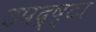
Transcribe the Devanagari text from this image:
उपद्र्ष्टा